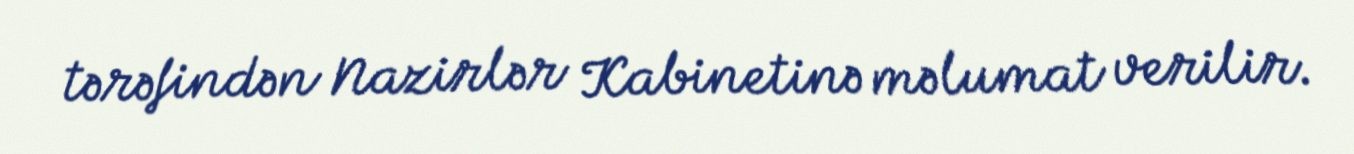
tərəfindən Nazirlər Kabinetinə məlumat verilir.